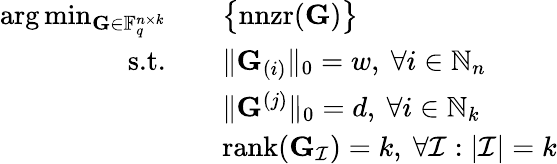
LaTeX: \begin{array}{rl}{\arg\operatorname*{min}_{\mathbf{G}\in\mathbb{F}_{q}^{n\times k}}\quad}&{\big\{ \mathrm{nnzr}(\mathbf{G})\big\} }\\ {\textrm{s.t.}\quad}&{\| \mathbf{G}_{(i)}\| _{0}=w,\ \forall i\in\mathbb{N}_{n}}\\ &{\| \mathbf{G}^{(j)}\| _{0}=d,\ \forall i\in\mathbb{N}_{k}}\\ &{\mathrm{rank}(\mathbf{G}_{\mathcal{I}})=k,\ \forall\mathcal{I}:|\mathcal{I}|=k}\end{array}